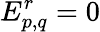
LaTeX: E_{p,q}^{r}=0